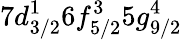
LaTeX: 7d_{3/2}^{1}6f_{5/2}^{3}5g_{9/2}^{4}